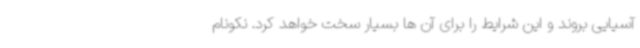
آسیایی بروند و این شرایط را برای آن ها بسیار سخت خواهد کرد. نکونام